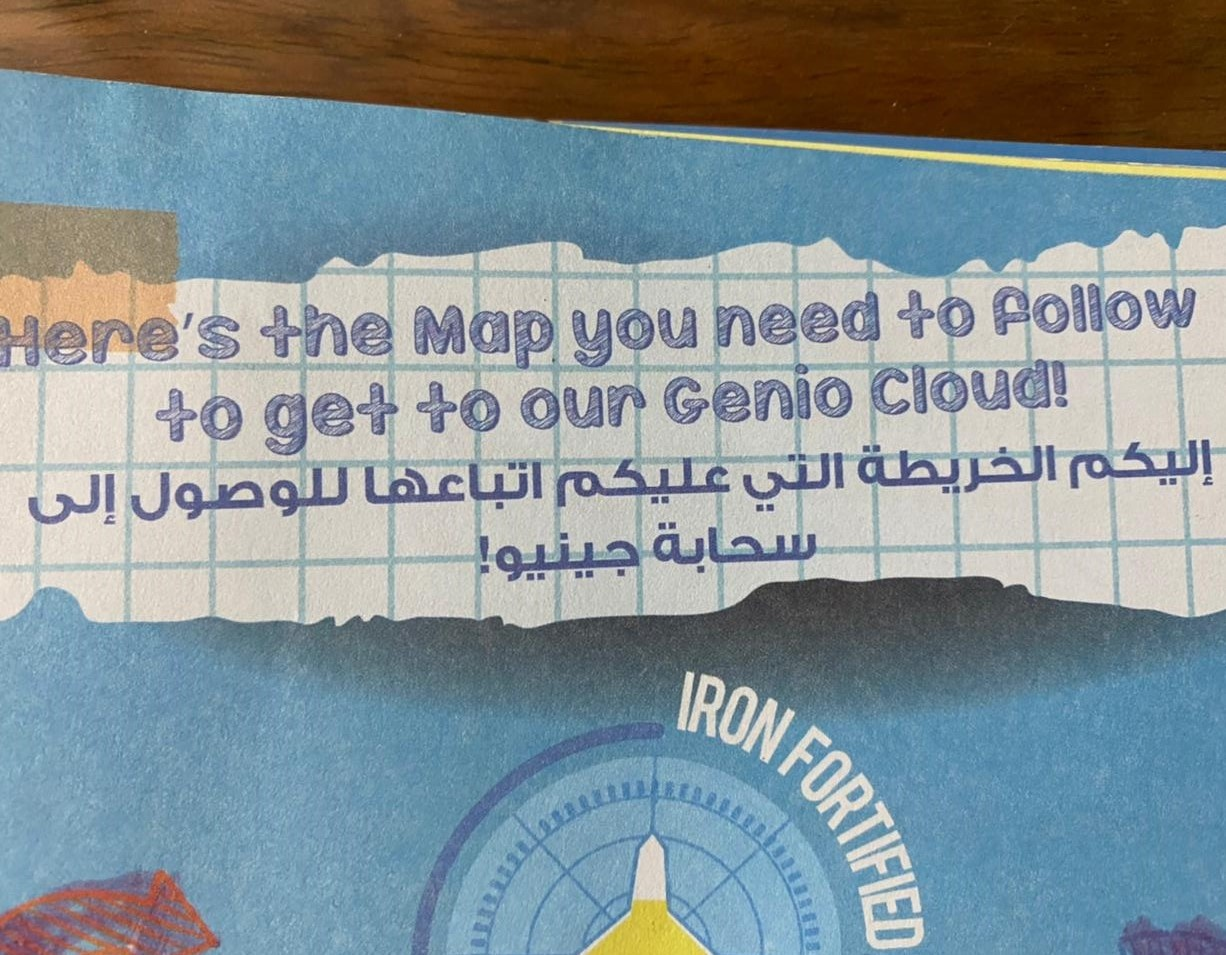
Text in image: إليكم الخريطة التي غليكم اتباعها للوصول إلى سحابة جينيو! follow to need the you Map Here's Cloud! Genio our to to get IRON FORTIFIED